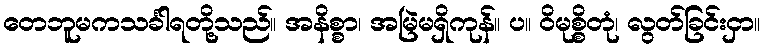
တေဘူမကသင်္ခါရတို့သည်။ အနိစ္စာ၊ အမြဲမရှိကုန်။ ပ။ ဝိမုစ္စိတုံ၊ လွတ်ခြင်းငှာ။